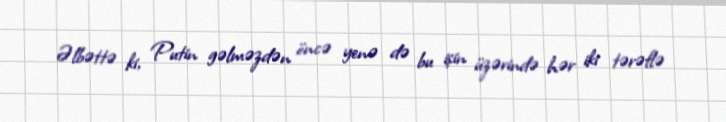
Əlbəttə ki, Putin gəlməzdən öncə yenə də bu işin üzərində hər iki tərəflə